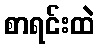
စာရင်းထဲ